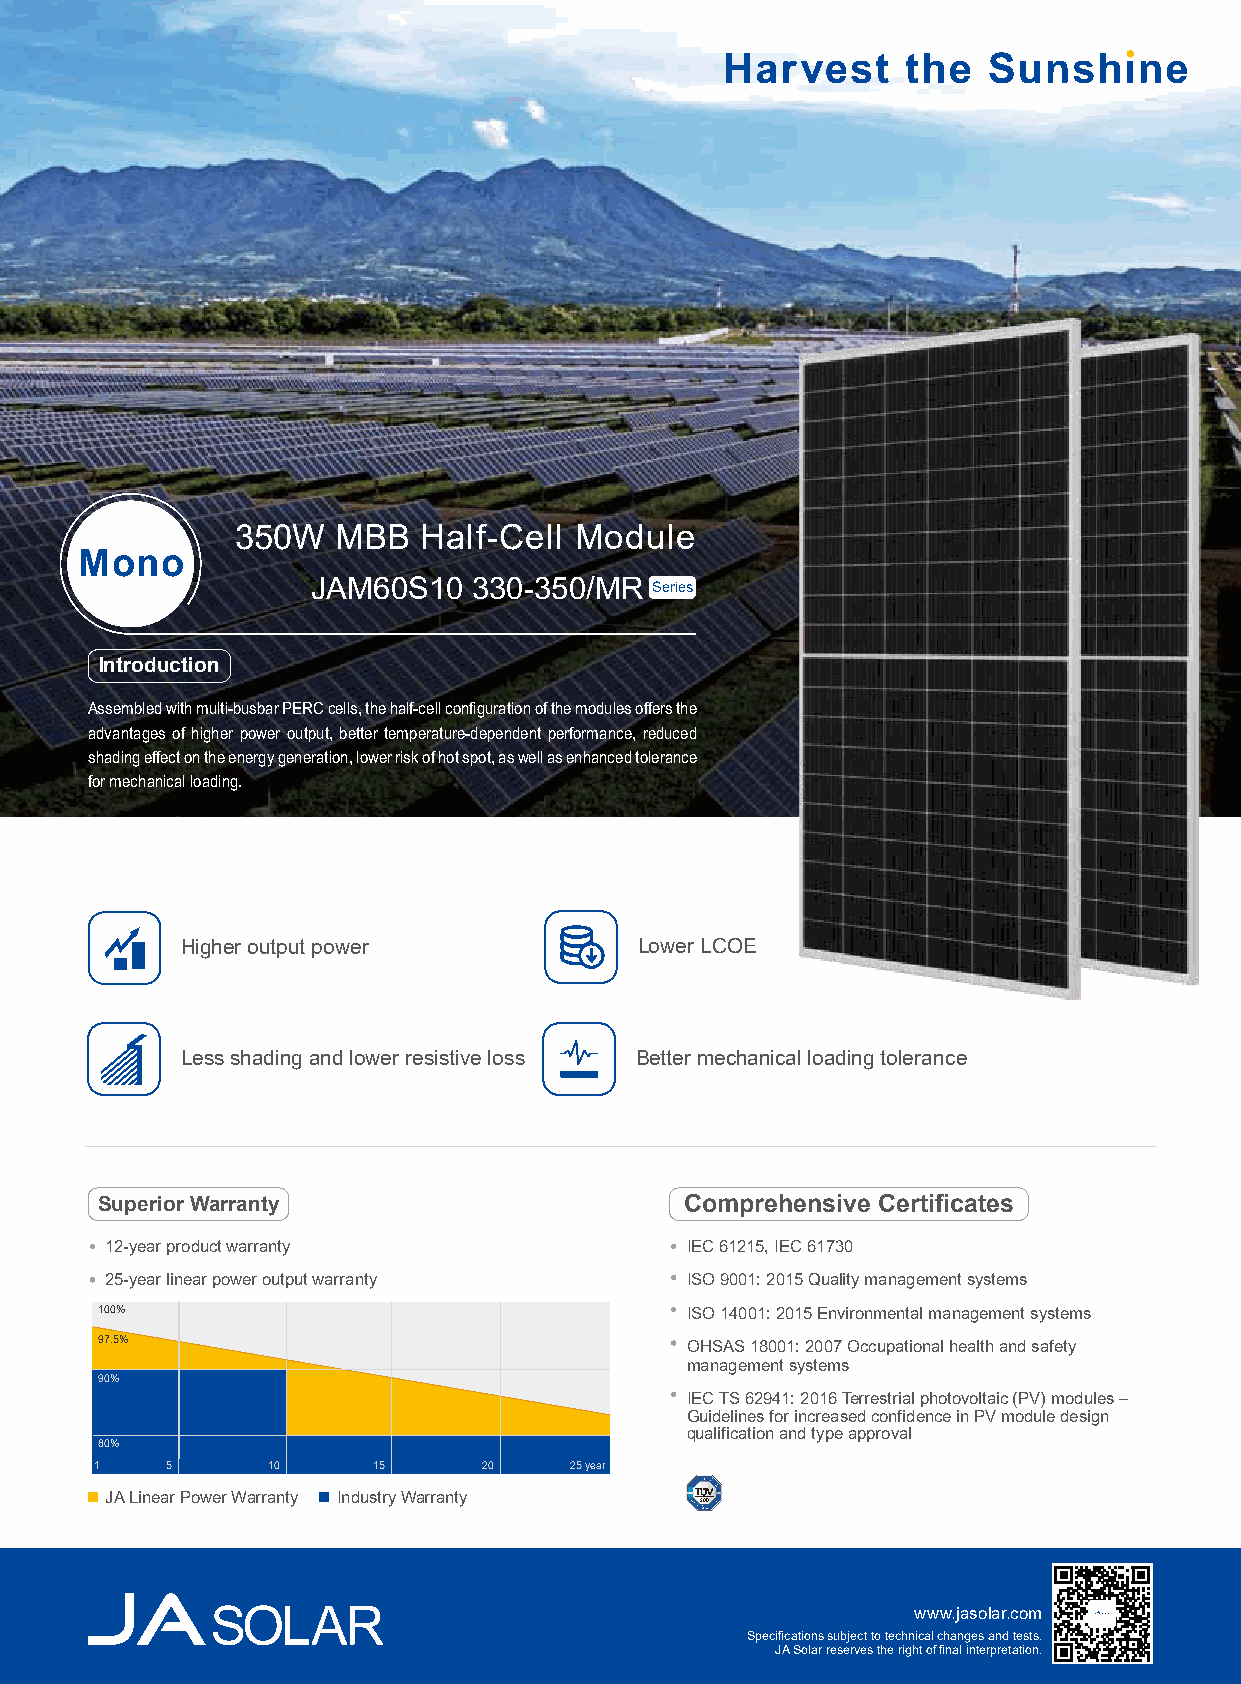
350W  MBB   Half-Cell Module
 Mono
 JAM60S10  330-350/MR  Series
 Introduction
 Assembled with multi-busbar PERC cells, the half-cell configuration of the modules offers the
 advantages of higher power output, better temperature-dependent performance, reduced
 shading effect on the energy generation, lower risk of hot spot, as well as enhanced tolerance
 for mechanical loading.
 Higher output power           Lower LCOE
 Less shading and lower resistive loss Better mechanical loading tolerance
 Superior Warranty                     Comprehensive Certificates
 12-year product warranty              IEC 61215, IEC 61730
 25-year linear power output warranty  ISO 9001: 2015 Quality management systems
 100%                                   ISO 14001: 2015 Environmental management systems
 97.5%                                  OHSAS 18001: 2007 Occupational health and safety
 management systems
 90%
 IEC TS 62941: 2016 Terrestrial photovoltaic (PV) modules –
 Guidelines for increased confidence in PV module design
 qualification and type approval
 80%
 1    5      10     15     20    25 year
 JA Linear Power Warranty Industry Warranty
 www.jasolar.com
 Specifications subject to technical changes and tests.
 JA Solar reserves the right of final interpretation.